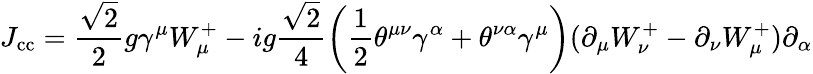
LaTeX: J_{\mathrm{cc}}=\frac{\sqrt{2}}{2}g\gamma^{\mu}W_{\mu}^{+}-ig\frac{\sqrt{2}}{4}\left(\frac{1}{2}\theta^{\mu\nu}\gamma^{\alpha}+\theta^{\nu\alpha}\gamma^{\mu}\right)(\partial_{\mu}W_{\nu}^{+}-\partial_{\nu}W_{\mu}^{+})\partial_{\alpha}